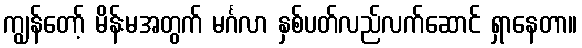
ကျွန်တော့် မိန်းမအတွက် မင်္ဂလာ နှစ်ပတ်လည်လက်ဆောင် ရှာနေတာ။